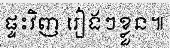
ផ្ទះវិញ រៀងៗខ្លួន៕